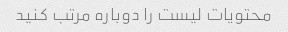
محتویات لیست را دوباره مرتب کنید